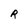
Character: R